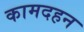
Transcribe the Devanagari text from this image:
कामदहन